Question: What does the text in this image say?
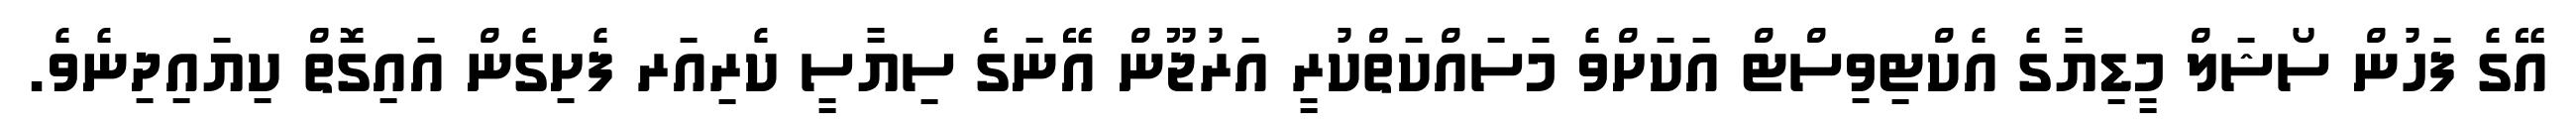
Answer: އޭގެ ފަހުން ސޯޝަލް މީޑިޔާގެ އެކްޓިވިސްޓް އަކަށްވެ މަސައްކަތްކުރީ އަރުޖޫން އޭނަގެ ސިޔާސީ ކެރިއަރ ފެށިގެން އައިގޮތް ކިޔައިދިނެވެ.